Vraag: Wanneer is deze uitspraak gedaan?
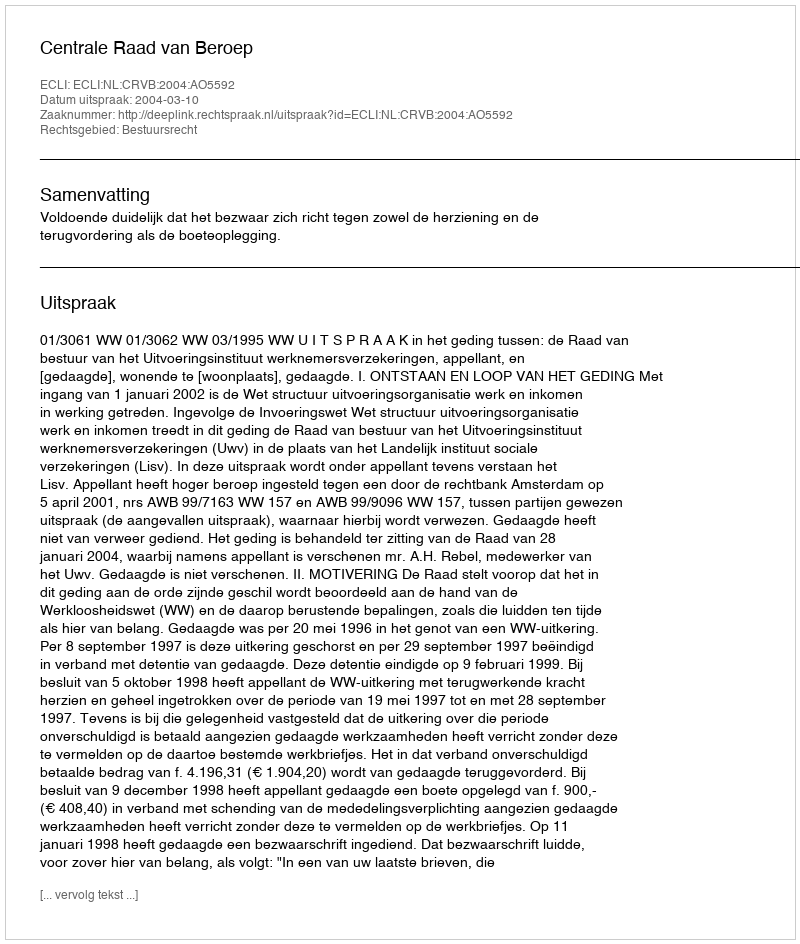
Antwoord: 2004-03-10